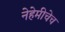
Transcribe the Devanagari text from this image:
नेहेमीचेच